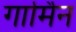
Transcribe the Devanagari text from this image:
गार्मिन